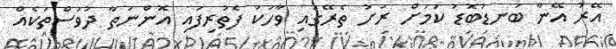
އޭރު އޭނާ ބަނޑުބޮޑު ކަމަށް ރަށު ތެރޭގައި ވާހަކަ ފެތުރިފައި އޮންނަތާ ދުވަސްތަކެއް